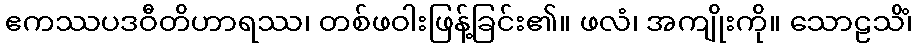
ဧကဿပဒဝီတိဟာရဿ၊ တစ်ဖဝါးဖြန့်ခြင်း၏။ ဖလံ၊ အကျိုးကို။ သောဠသိံ၊